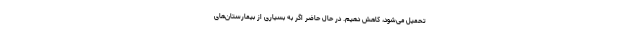
تحمیل می‌شود، کاهش دهیم. در حال حاضر اگر به بسیاری از بیمارستان‌های